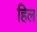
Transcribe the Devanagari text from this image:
हिल